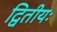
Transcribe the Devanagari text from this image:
द्वितीयः